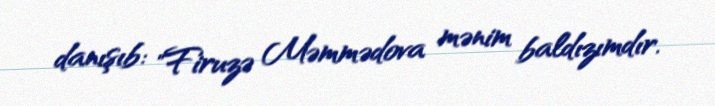
danışıb: "Firuzə Məmmədova mənim baldızımdır.